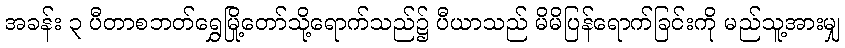
အခန်း ၃ ပီတာစဘတ်ရွှေမြို့တော်သို့ရောက်သည်၌ ပီယာသည် မိမိပြန်ရောက်ခြင်းကို မည်သူ့အားမျှ